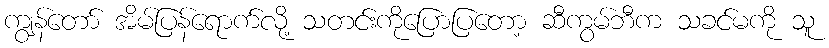
ကျွန်တော် အိမ်ပြန်ရောက်လို့ သတင်းကိုပြောပြတော့ ဆီကွမ်ဘီက သခင်မကို သူ